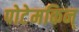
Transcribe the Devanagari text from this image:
पोटेमकिन्